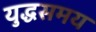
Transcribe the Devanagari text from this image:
युद्धसमय